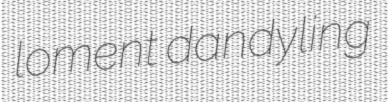
loment dandyling